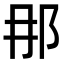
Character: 𨙻